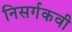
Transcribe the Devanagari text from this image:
निसर्गकवी